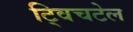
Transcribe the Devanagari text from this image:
ट्विचटेल